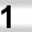
Digit: 1